画像に写った文字を読んでください
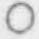
「○」と書いてあります